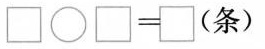
$$\Box \circ \Box = \Box ( 条 )$$